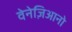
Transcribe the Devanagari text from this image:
वेनेज़िआनो